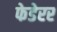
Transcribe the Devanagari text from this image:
फेडेरर